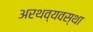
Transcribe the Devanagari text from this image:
अरथव्यवस्था